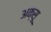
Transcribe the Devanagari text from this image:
अक्सू